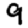
Digit: 9